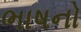
ભાષનો